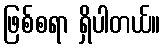
ဖြစ်စရာ ရှိပါတယ်။